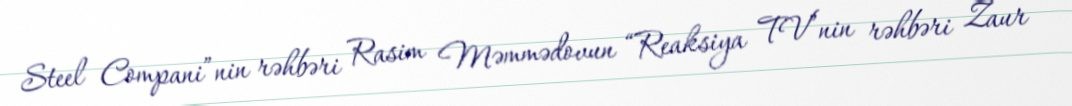
Steel Compani”nin rəhbəri Rasim Məmmədovun “Reaksiya TV”nin rəhbəri Zaur